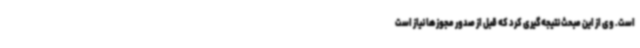
است. وی از این مبحث نتیجه‌گیری کرد که قبل از صدور مجوزها نیاز است